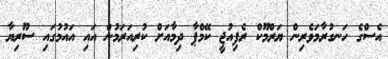
އެސްގެ ހަނގުރާމަވެރިން ޔަރްމޫކް ރެފިއުޖީ ކޭމްޕާ ދިމާއަށް ކުރިއަރަމުން އައި އައުމުގައި ސޫރިޔާ